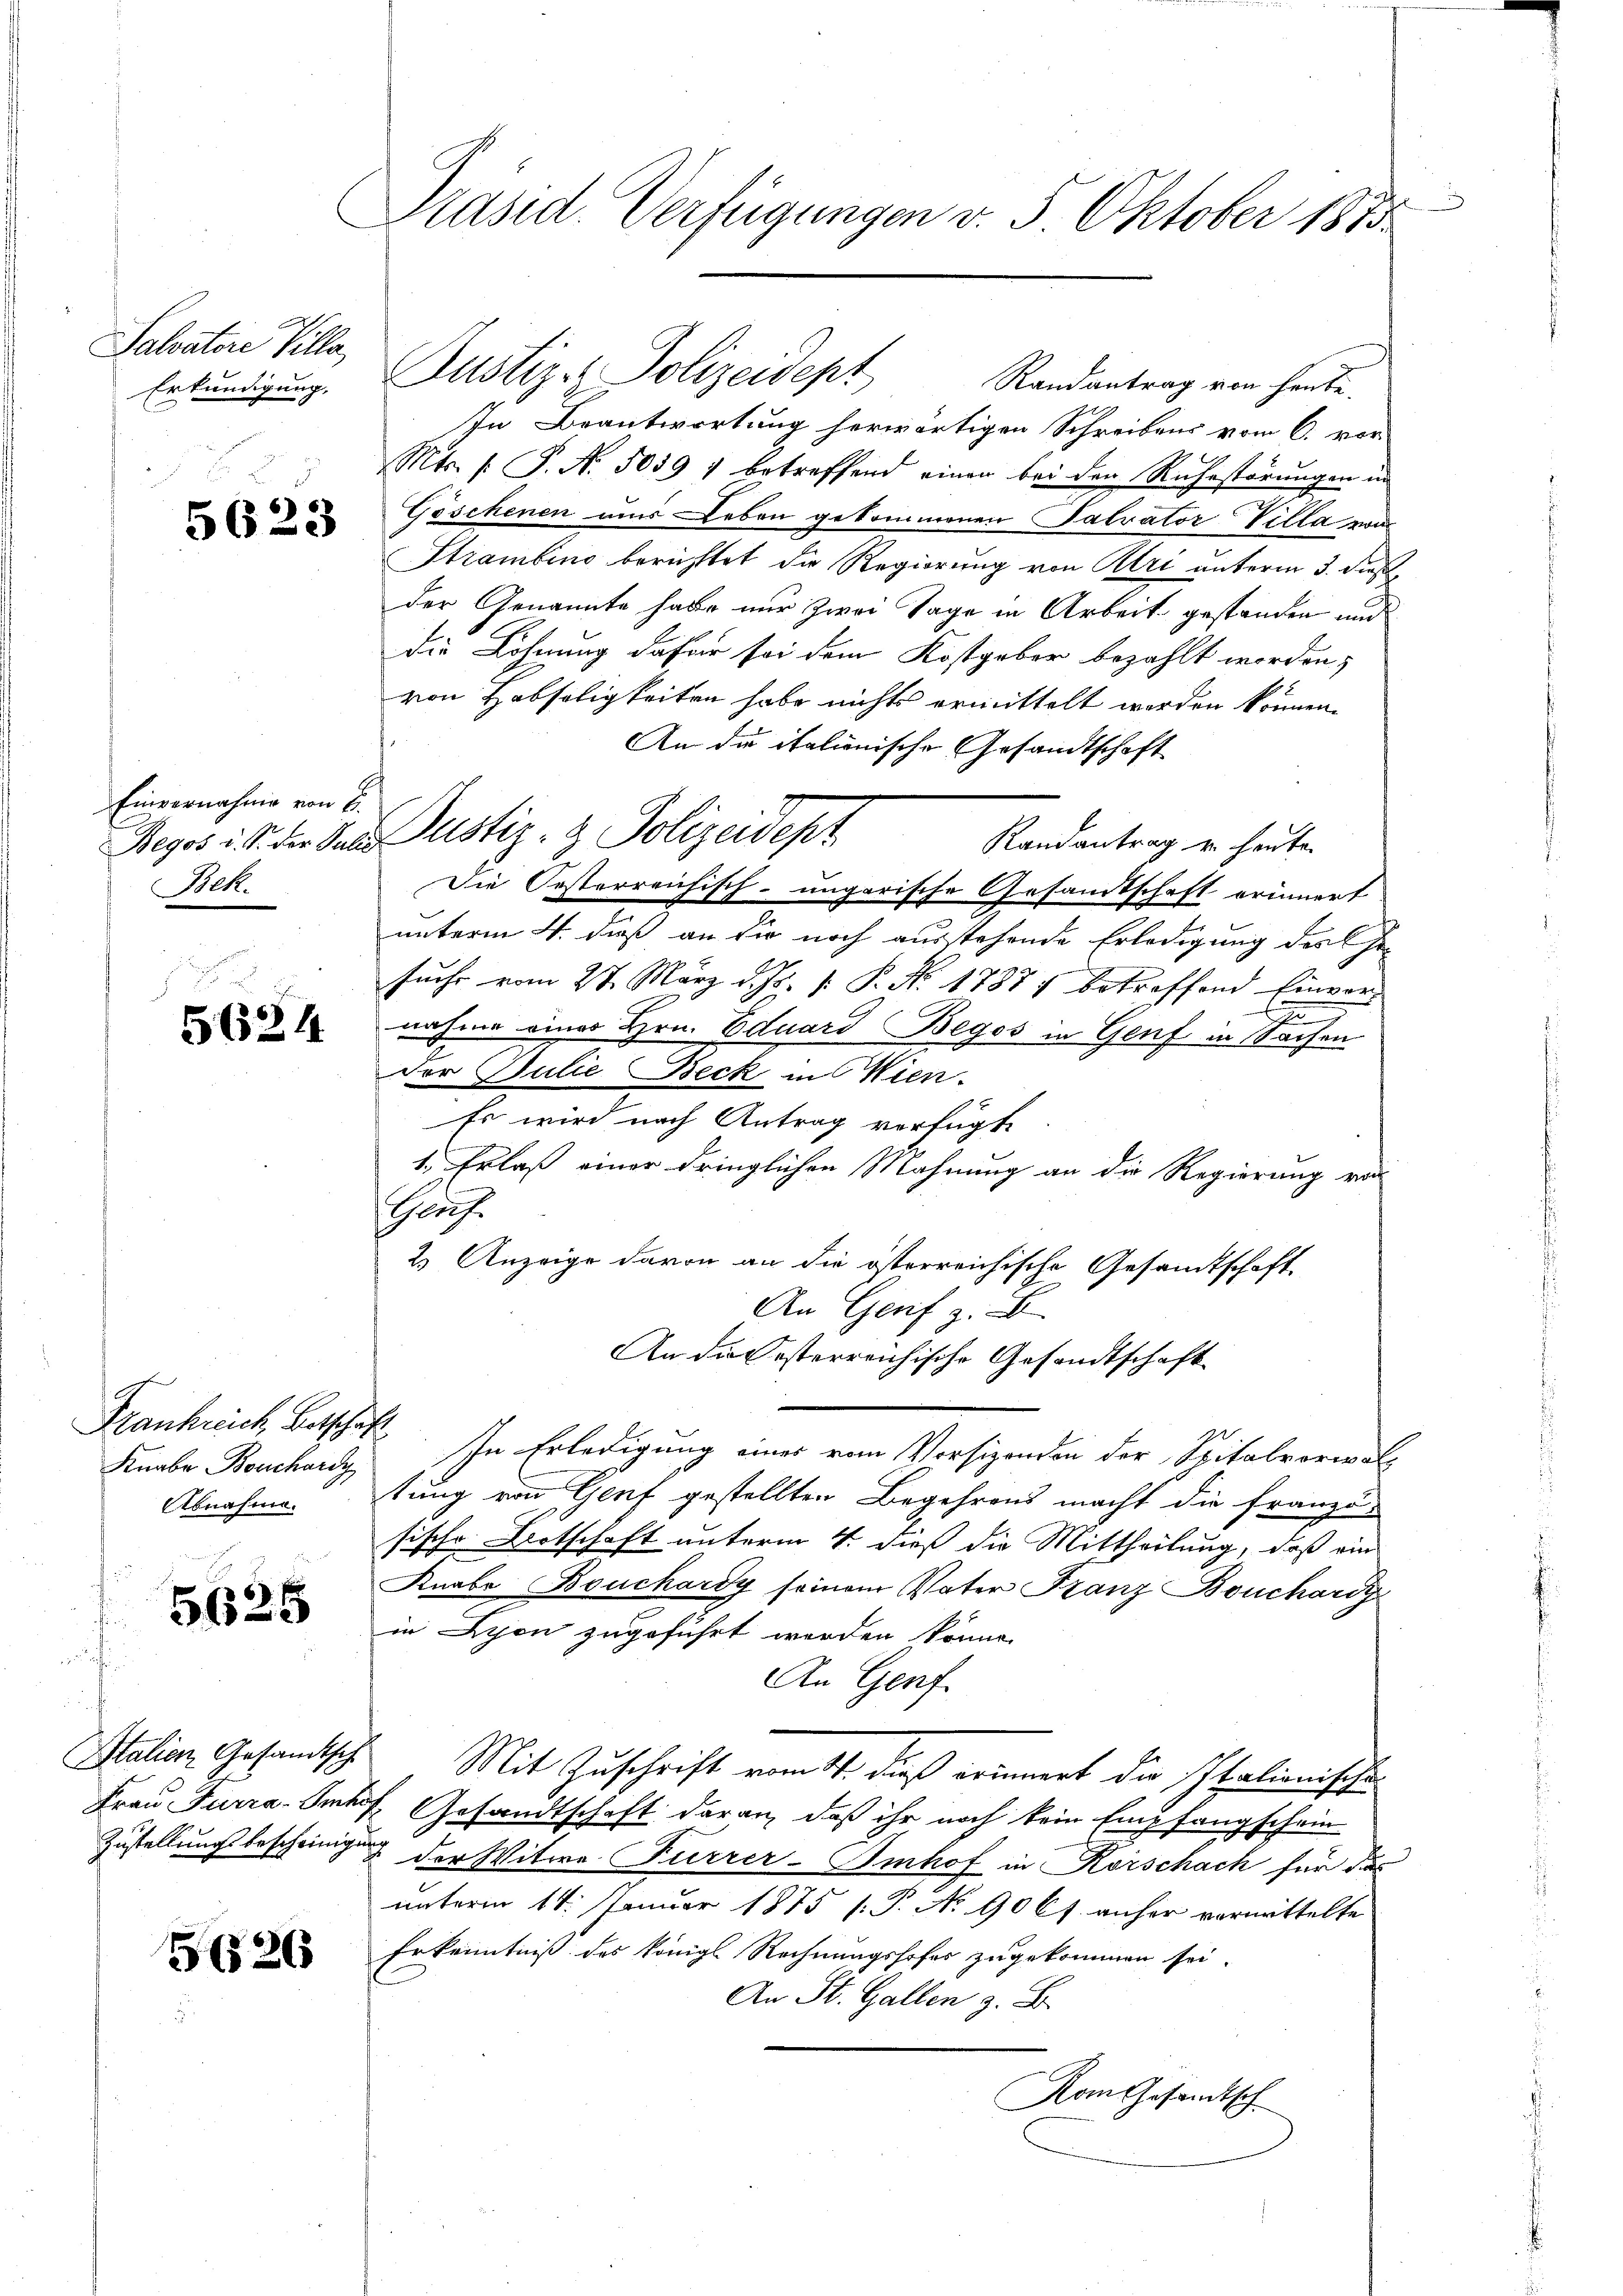
Salvatere Villa
Erkundigung.

5623

Einvernahme von E.
Begos u. S. der Pulic
Bek.

5624

Frankreich, Betschaft
Knabe Bouchard

5625

Italien Gesandtsch
Frau Ferra-Such
Zustellung bescheinig

5626

Präsid. Verfügungen v. 5. Oktober 1873

Randantrag von heute.
In Beantwortung herwärtigen Schreibens vom 6. vor
Mts. 1. P. Nr. 5059 1 betreffend einen bei den Ruhestörungen in
Göschenen uns Leben gekommenen Patrator Villa wi
Strambino berichtet die Regierung von Uri unterm 3. dies
der Genannte habe nur zwei Tage in Arbeit gestanden und
die Löhnung dafür sei dem Kostgeber bezahlt worden,
von Habseligkeiten habe nichts ermittelt werden können.
An die italionische Gesandtschaft
Randantrag u. heute.
Die Oesterreichisch-ungarische Gesandtschaft erinnert
unterm 4. daß an die noch ausstehende Erledigung der Ehe-
suche vom 27. März d. Js. v. P. Nr. 17881 betreffend Einvor-
i
nahme eines Hrn. Eduard Begos in Genf in Sachen
Der Julie Beck in Wien.
Es wird nach Antrag verfügte
1., Erlaß einer dringlichen Mahnung an die Regierung von
Graf.
2.) Anzeige davon an die österreichische Gesamtschaft
An Genf z. B.
An die esterreichische Gesandtschaft
In Erledigung eines vom Vorsizenden der Spitalverwal¬
Abnahme. Stung von Genf gestellten Begehrens macht die Franzö-
sische Botschaft unterm 4. dieß die Mittheilung, daß ein
Knabe Bouchardy seinem Vater Franz Boucharz
in Lyon zugeführt worden könne.
An Genf.
Mit Zuschrift vom 11. dieß erinnert die Italionische
1. Gesandtschaft daran, daß ihr noch kein Empfangschein
I der Witwe Furrer-Emhof in Korschach für das
unterm 14. Januar 1875 [ P. No 90 f. anher vormittelte
Erkenntniß des königl Rechnungshofes zugekommen sei.
An St. Gallen z. B.
Vom Gesandtsch

Justiz-Polizeidept

Justiz- & Polizeidept